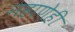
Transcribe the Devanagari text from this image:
नहाणेही